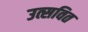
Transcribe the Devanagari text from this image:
उत्सवित